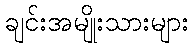
ချင်းအမျိုးသားများ